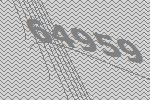
64959